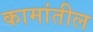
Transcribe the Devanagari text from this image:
कामांतील